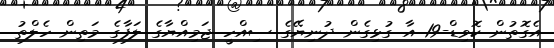
އެގޮތުން ކޮވިޑް-19 އާ ގުޅިގެން ދުނިޔޭގެ ސިއްހީ ޖަމިއްޔާގެ ލަފާގެ މަތިން ހެލްތު